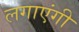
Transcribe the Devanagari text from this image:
लगाएंगी